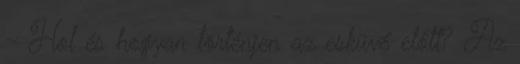
– Hol és hogyan történjen az esküvő előtt? Az